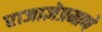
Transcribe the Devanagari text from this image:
राजाज्ञेप्रमाणे